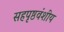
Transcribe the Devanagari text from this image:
सहपृष्ठवंशीय